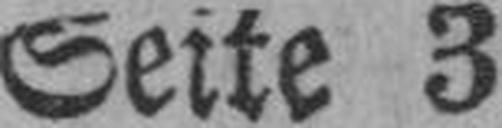
Seite 3